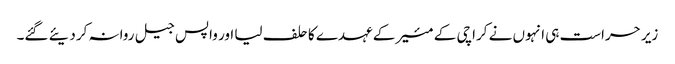
زیر حراست ہی انہوں نے کراچی کے مئیر کے عہدے کا حلف لیا اور واپس جیل روانہ کردیئے گئے۔